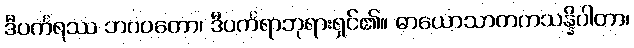
ဒီပင်္ကရဿ ဘဂဝတော၊ ဒီပင်္ကရာဘုရားရှင်၏။ ဓာယောသာတကသန္နိပါတာ၊